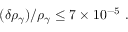
( \delta \rho _ { \gamma } ) / \rho _ { \gamma } \leq 7 \times 1 0 ^ { - 5 } ~ .